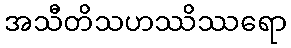
အသီတိသဟဿိဿရော